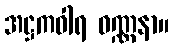
အဋ္ဌကဝါရ ဝဏ္ဏနာ။